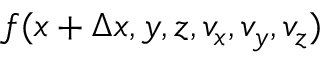
f ( x + \Delta x , y , z , v _ { x } , v _ { y } , v _ { z } )